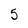
Character: 5